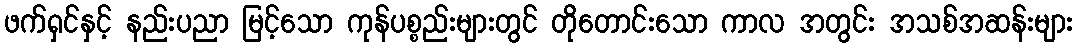
ဖက်ရှင်နှင့် နည်းပညာ မြင့်သော ကုန်ပစ္စည်းများတွင် တိုတောင်းသော ကာလ အတွင်း အသစ်အဆန်းများ